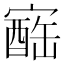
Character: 𪧬